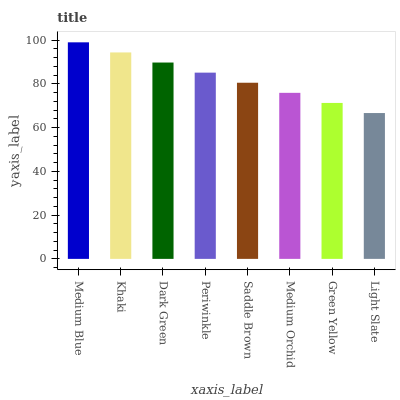
| xaxis_label | bars |
 | --- | --- |
 | Medium Blue | 99 |
 | Khaki | 94.4 |
 | Dark Green | 89.8 |
 | Periwinkle | 85.1 |
 | Saddle Brown | 80.5 |
 | Medium Orchid | 75.9 |
 | Green Yellow | 71.3 |
 | Light Slate | 66.7 |